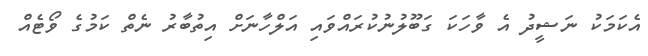
އެކަމަކު ނަޝީދު އެ ވާހަކަ ގަބޫލުނުކުރައްވައި އަލްހާނަށް އިތުބާރު ނެތް ކަމުގެ ވޯޓެއް